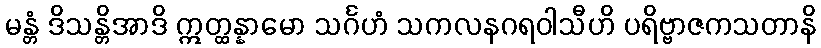
မန္တံ ဒိသန္တိအာဒိ ဣတ္ထန္နာမော သင်္ဂဟံ သကလနဂရဝါသီဟိ ပရိဗ္ဗာဇကသတာနိ